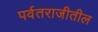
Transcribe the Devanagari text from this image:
पर्वतराजीतील